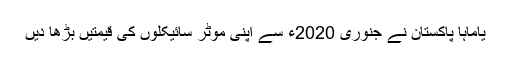
یاماہا پاکستان نے جنوری 2020ء سے اپنی موٹر سائیکلوں کی قیمتیں بڑھا دیں